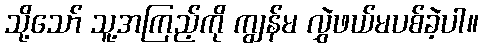
သို့သော် သူ့အကြည့်ကို ကျွန်မ လွှဲဖယ်မပစ်ခဲ့ပါ။